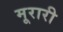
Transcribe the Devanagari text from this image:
मूरारी